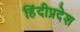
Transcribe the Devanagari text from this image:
हिंदीप्रदेश